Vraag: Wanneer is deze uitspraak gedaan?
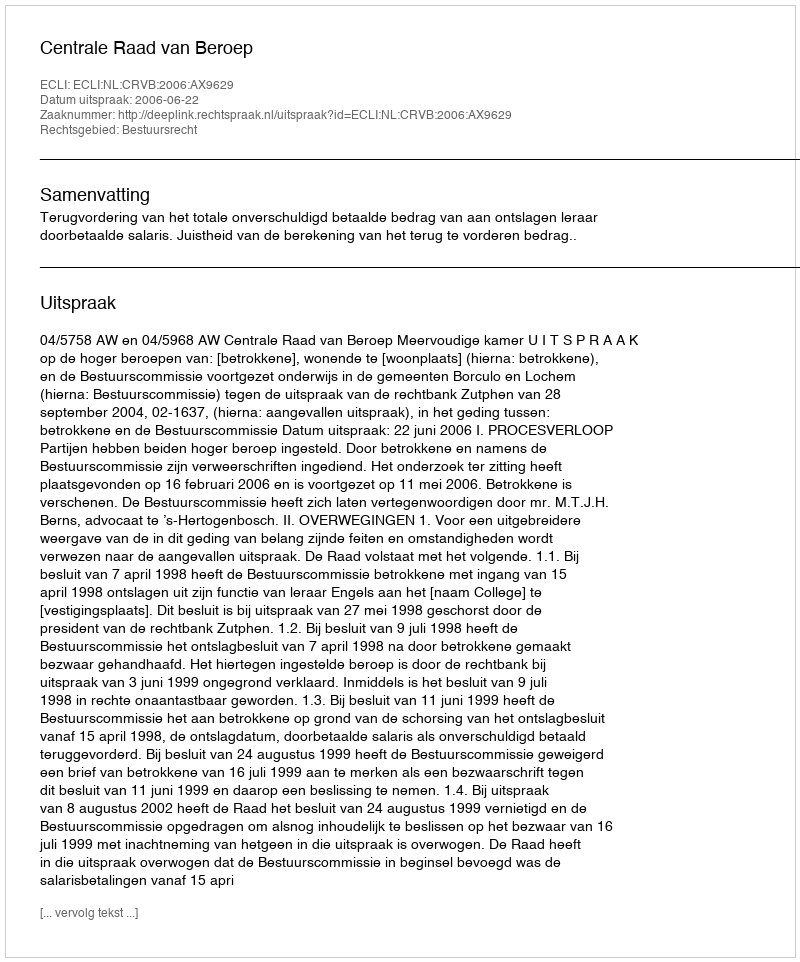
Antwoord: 2006-06-22